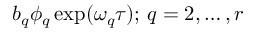
b _ { q } \phi _ { q } \exp ( \omega _ { q } \tau ) ; \, q = 2 , \dots , r